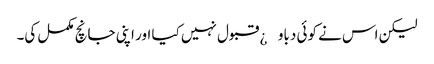
لیکن اس نے کوئی دباو¿ قبول نہیں کیا اور اپنی جانچ مکمل کی۔